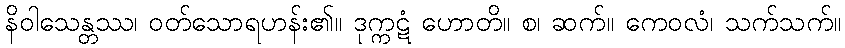
နိဝါသေန္တဿ၊ ဝတ်သောရဟန်း၏။ ဒုက္ကဋံ ဟောတိ။ စ၊ ဆက်။ ကေဝလံ၊ သက်သက်။